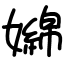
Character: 嬵